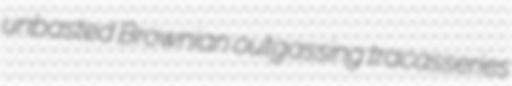
unbasted Brownian outgassing tracasseries